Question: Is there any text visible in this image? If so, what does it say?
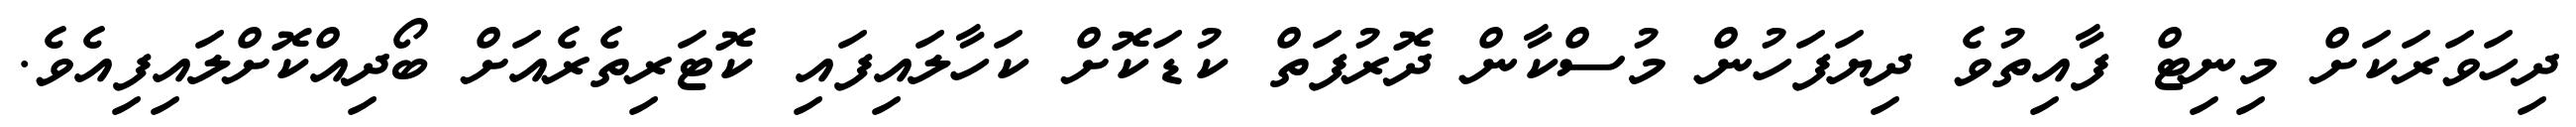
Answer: ދިހަވަރަކަށް މިނިޓް ފާއިތުވެ ދިޔަފަހުން މުސްކާން ދޮރުފަތް ކުޑަކޮށް ކަހާލައިފައި ކޮޓަރިތެރެއަށް ބޯދިއްކޮށްލައިފިއެވެ.